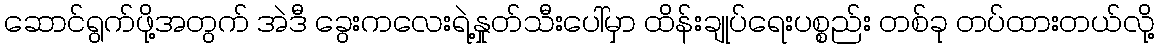
ဆောင်ရွက်ဖို့အတွက် အဲဒီ ခွေးကလေးရဲ့နှုတ်သီးပေါ်မှာ ထိန်းချုပ်ရေးပစ္စည်း တစ်ခု တပ်ထားတယ်လို့